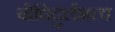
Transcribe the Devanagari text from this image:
बोधिदुर्लभत्व